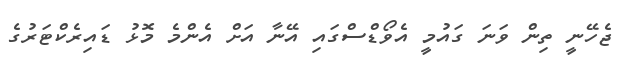
ޖެހޭނީ ތިން ވަނަ ގައުމީ އެވޯޑްސްގައި އޭނާ އަށް އެންމެ މޮޅު ޑައިރެކްޓަރުގެ